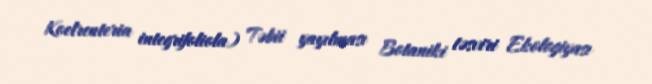
Koelreuteria integrifoliola) Təbii yayılması Botaniki təsviri Ekologiyası